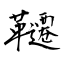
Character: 韆